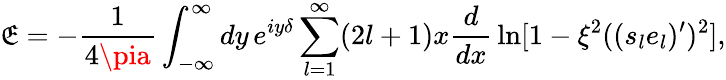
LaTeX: \mathfrak{E}=-{\frac{{1}}{{4\pia}}}\int_{-\infty}^{\infty}dy\, e^{iy\delta}\sum_{l=1}^{\infty}(2l+1)x{\frac{{d}}{{dx}}}\ln[1-\xi^{2}((s_{l}e_{l})^{\prime})^{2}],